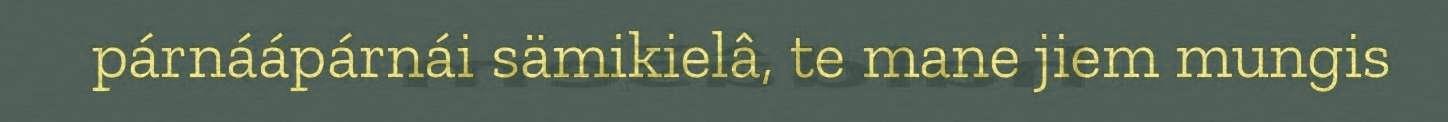
párnáápárnái sämikielâ, te mane jiem mungis